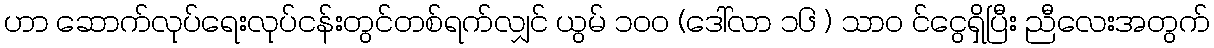
ဟာ ဆောက်လုပ်ရေးလုပ်ငန်းတွင်တစ်ရက်လျှင် ယွမ် ၁၀၀ (ဒေါ်လာ ၁၆ ) သာ၀ င်ငွေရှိပြီး ညီလေးအတွက်